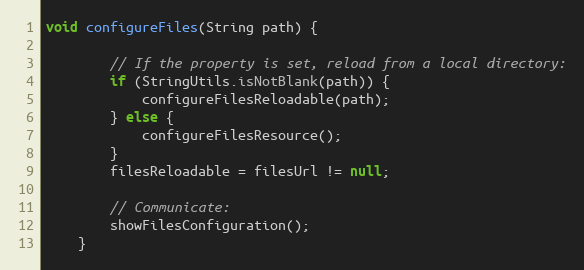
Language: Java
void configureFiles(String path) {

        // If the property is set, reload from a local directory:
        if (StringUtils.isNotBlank(path)) {
            configureFilesReloadable(path);
        } else {
            configureFilesResource();
        }
        filesReloadable = filesUrl != null;

        // Communicate:
        showFilesConfiguration();
    }